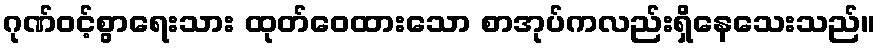
ဂုဏ်ဝင့်စွာရေးသား ထုတ်ဝေထားသော စာအုပ်ကလည်းရှိနေသေးသည်။